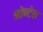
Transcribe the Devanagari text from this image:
मोण्टेक